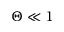
\Theta \ll 1